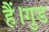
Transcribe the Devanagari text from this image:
हैं।गुड